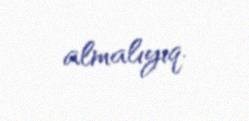
almalıyıq.